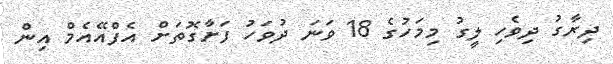
ދިރާގު ދިވެހި ލީގު މިމަހުގެ 18 ވަނަ ދުވަހު ފަށާގޮތަށް އެފްއޭއެމް އިން